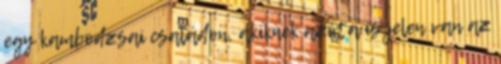
egy kambodzsai családon, akiknek azóta is jelen van az